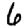
Digit: 6